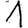
Digit: 1